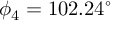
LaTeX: \phi _ { 4 } = 1 0 2 . 2 4 ^ { \circ }